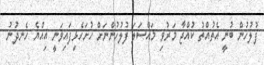
ފުލުހުން ބުނީ އެތުއްތު ކުއްޖާ މަރުވި މައްސަލަ ފުލުހުންނަށް ހުށަހެޅިފައިވަނީ އިއްޔެ ހެނދުނު